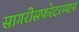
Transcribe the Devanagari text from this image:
सागरीसफरेदरम्यान